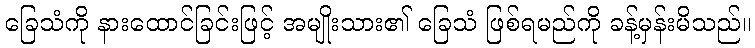
ခြေသံကို နားထောင်ခြင်းဖြင့် အမျိုးသား၏ ခြေသံ ဖြစ်ရမည်ကို ခန့်မှန်းမိသည်။